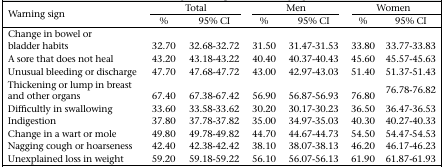
| <ROWSPAN=2> Warning sign | <COLSPAN=2> Total | <COLSPAN=2> Men | <COLSPAN=2> Women |
 | % | 95% CI | % | 95% CI | % | 95% CI |
 | --- | --- | --- | --- | --- | --- | --- |
 | Change in bowel or bladder habits | 32.70 | 32.68-32.72 | 31.50 | 31.47-31.53 | 33.80 | 33.77-33.83 |
 | A sore that does not heal | 43.20 | 43.18-43.22 | 40.40 | 40.37-40.43 | 45.60 | 45.57-45.63 |
 | Unusual bleeding or discharge | 47.70 | 47.68-47.72 | 43.00 | 42.97-43.03 | 51.40 | 51.37-51.43 |
 | Thickening or lump in breast and other organs | 67.40 | 67.38-67.42 | 56.90 | 56.87-56.93 | 76.80 | 76.78-76.82 |
 | Difficultly in swallowing | 33.60 | 33.58-33.62 | 30.20 | 30.17-30.23 | 36.50 | 36.47-36.53 |
 | Indigestion | 37.80 | 37.78-37.82 | 35.00 | 34.97-35.03 | 40.30 | 40.27-40.33 |
 | Change in a wart or mole | 49.80 | 49.78-49.82 | 44.70 | 44.67-44.73 | 54.50 | 54.47-54.53 |
 | Nagging cough or hoarseness | 42.40 | 42.38-42.42 | 38.10 | 38.07-38.13 | 46.20 | 46.17-46.23 |
 | Unexplained loss in weight | 59.20 | 59.18-59.22 | 56.10 | 56.07-56.13 | 61.90 | 61.87-61.93 |